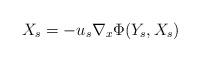
LaTeX: \begin{align*}X_{s} = - u_s \nabla_{x}\Phi(Y_{s},X_{s})\end{align*}